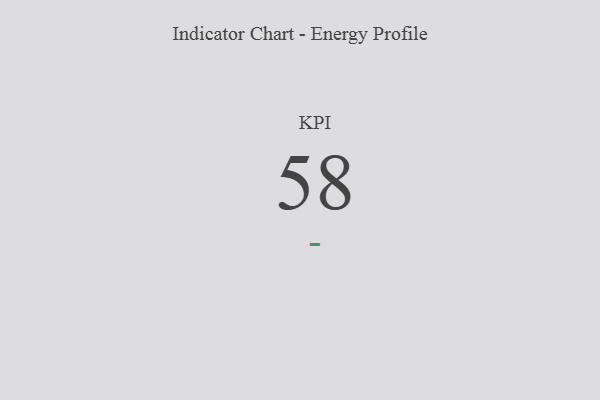
{"axis": {"x": "KPI", "y": "Value"}, "legend": [""], "data": [{"x": "KPI", "y": 58, "type": ""}]}